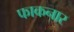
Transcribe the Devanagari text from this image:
फाकनार